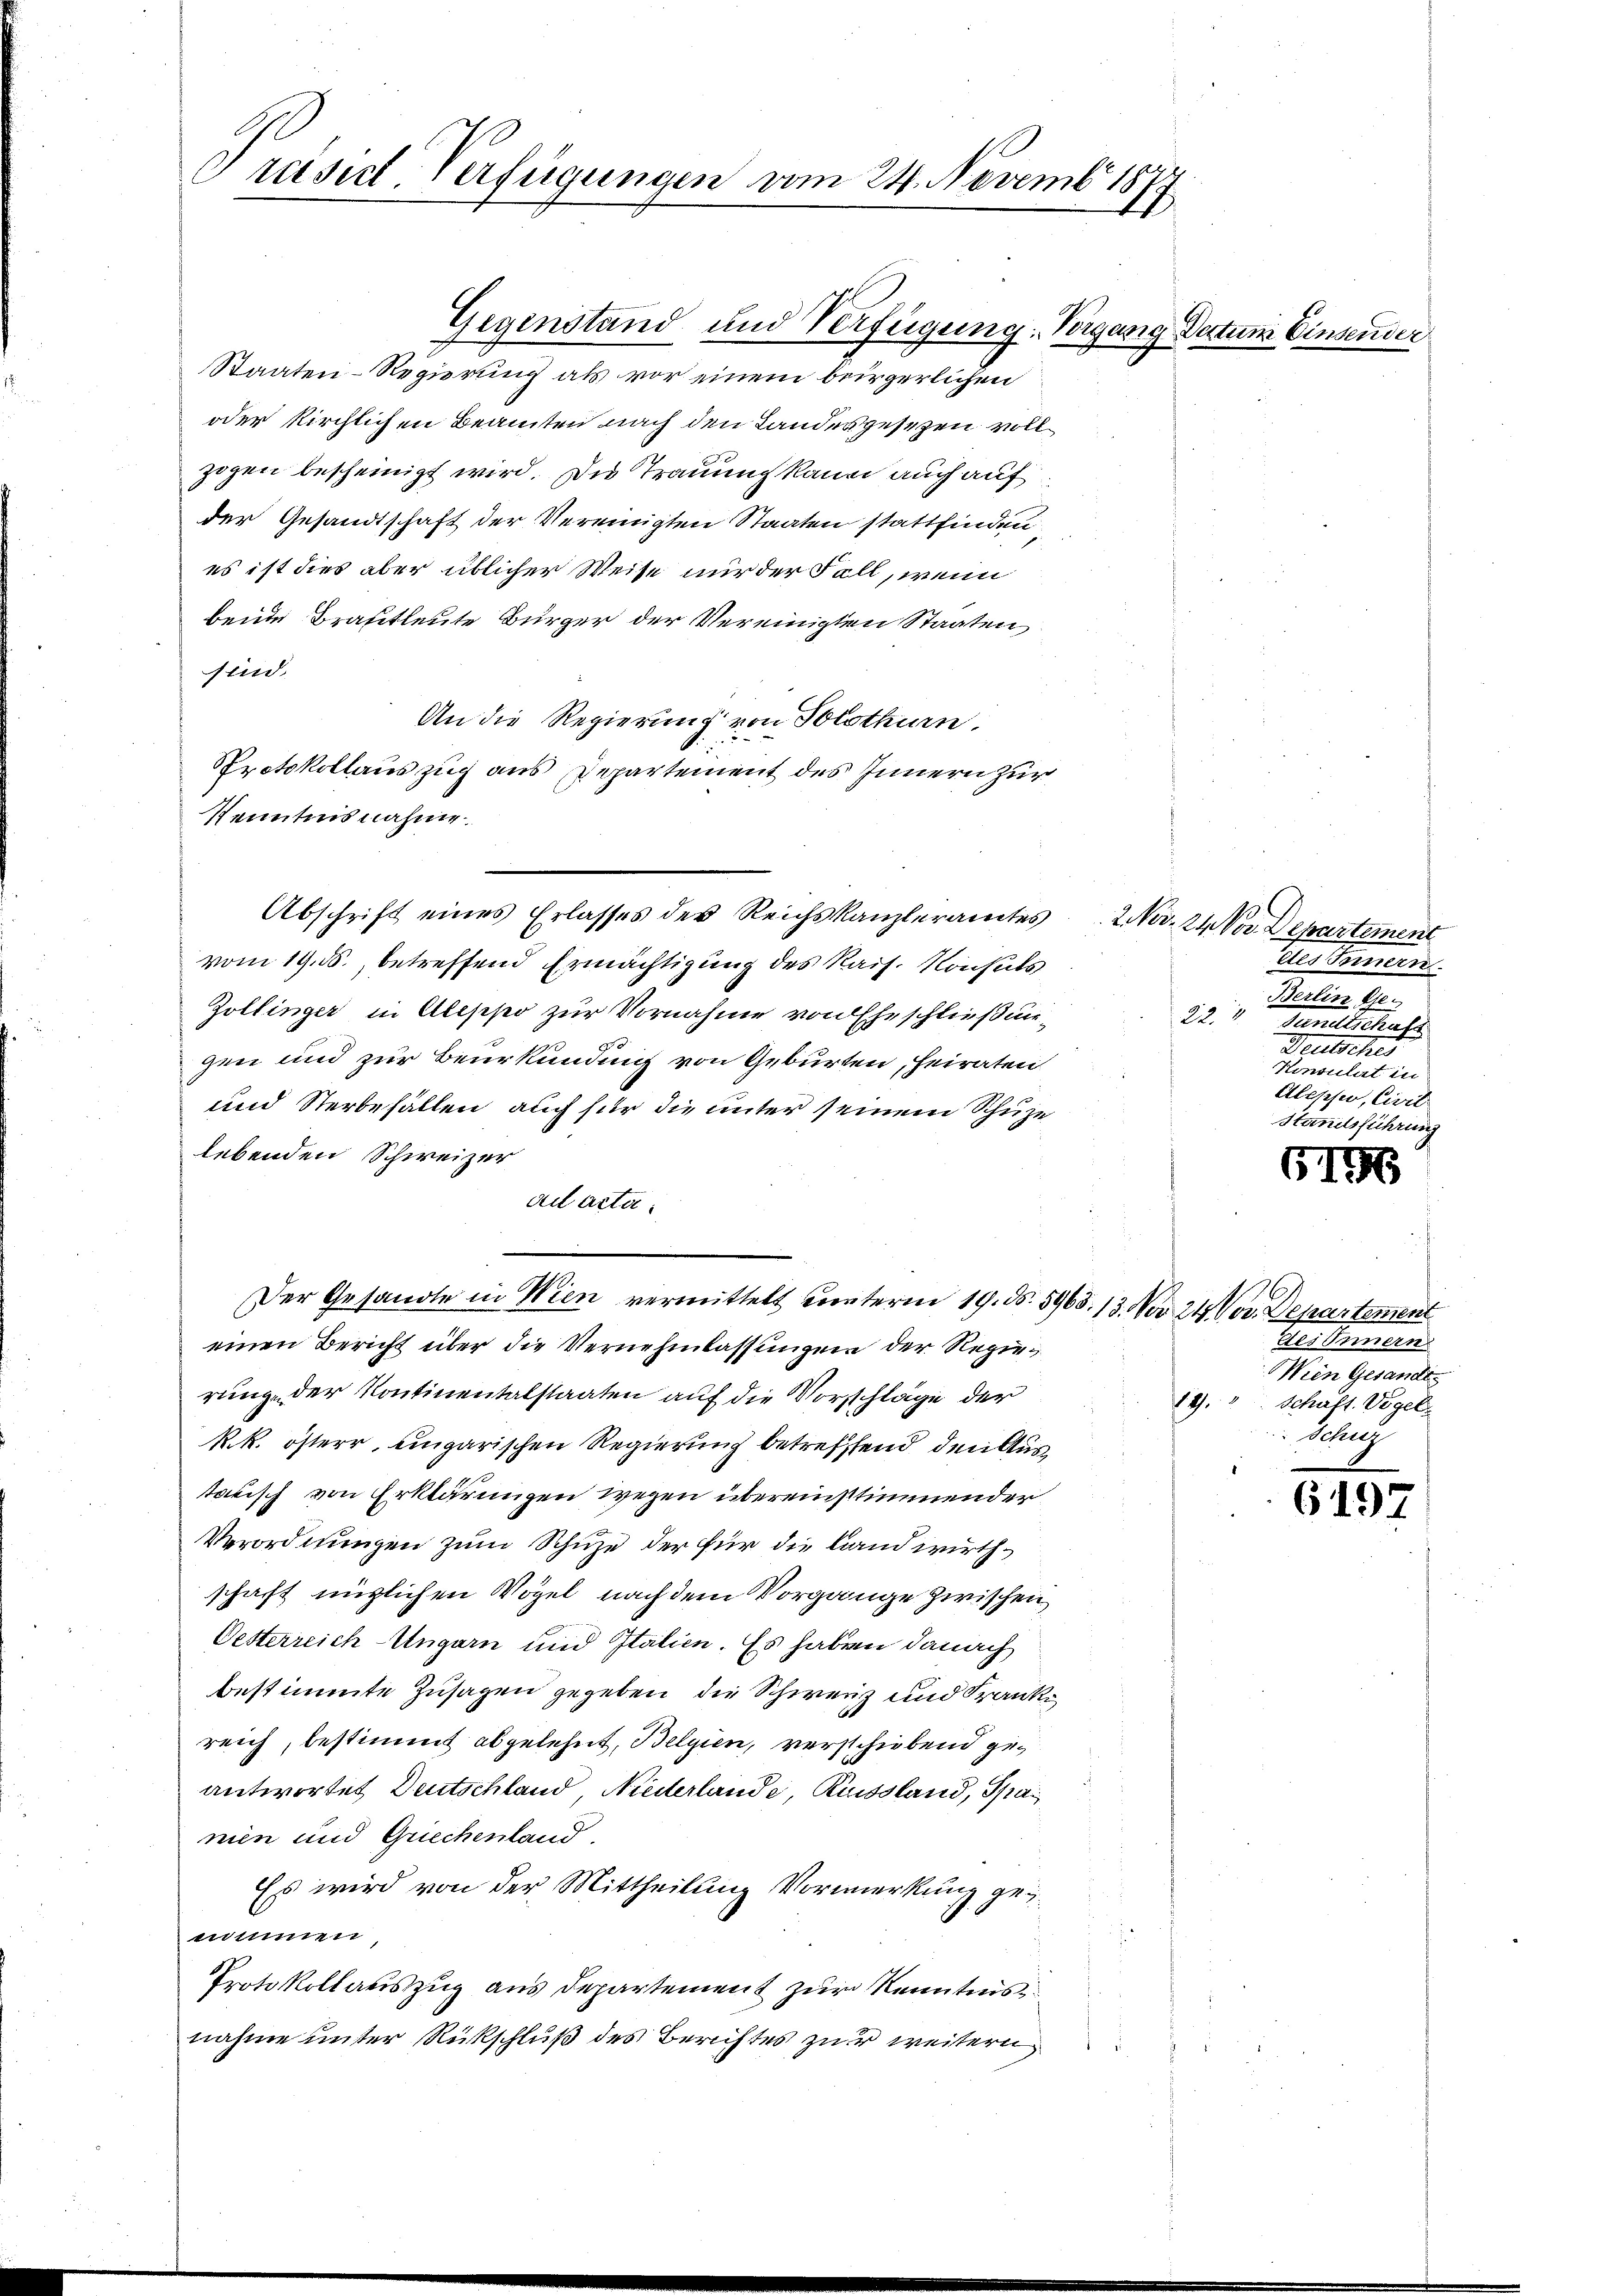
Präsid. Verfügungen vom 24. Novembr 18
17

Gegenstand und Verfügung. Vorgang Dectum Einsender
Staaten-Regierung als vor einem beirgerlichen
oder kirchlichen Beamten nach den Landesgesezen voll
zogen bescheinigt wird. Die Trauung kann auch auf
der Gesandtschaft der Vereinigten Staaten stattfinden
es ist dies aber üblicher Weise nur der Fall, wenn
bende Brautleute Bürger der Vereinigten Staaten,
sind.
An die Regierung von Solothurn.
Protokollauszug aus Departement des Innern zur
Kenntnisnahme.
Abschrift eines Erlasses der Reichskanzleramtes
vom 19. ds., betreffend Ermächtigung des Rais. Konsuls
Zollinger in Aleppo zur Vornahme von Eheschließungen und zur Beurkundung von Geburten, heiraten
und Sterbefallen auch für die unter seinem Schuze
lebenden Schweizer
ad acta.
Der Gesandte in Wien vermittelt unterm 19. N. 5963. 13. Nov. 24. Nov. Departement
einen Bericht über die Vernehmlassungen der Regierung der Kontinentalstaaten auf die Vorschläge der
Rk. österr, eingarischen Regierung betreffend den Austatisch von Erklärungen wegen übereinstimmender
Verordnungen zum Schuze der für die Landwirthschaft müglichen Vögel nach dem Vorgange zwischen,
Oetterreich-Ungarn und Italien. Es haben danach
bestimmte Zusagen gegeben, die Schweiz und Franke
reich, bestimmt abgelehnt, Belgien, verschiebend geantwortet Deutschland Niederlande, Russland, Spa
nien und Griechenland.
Es wird von der Mittheilung Vormerkung geg
enhimmen
Protokollauszug aus Departement zur Kenntnis
nahme unter Rückschluß des Berichtes zur weitern

2 Nov. 24. Vor Departement
teres Gemein
Berlin Ge¬
222
Pundtschaft
Deutsches
Konsulat in
Alesser, Civil
Hausführung

6196

ges Innern
Wien Gesandt
19. Schaft. Vigel
Schrez

6197